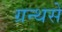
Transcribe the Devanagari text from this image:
ग्रन्थसे